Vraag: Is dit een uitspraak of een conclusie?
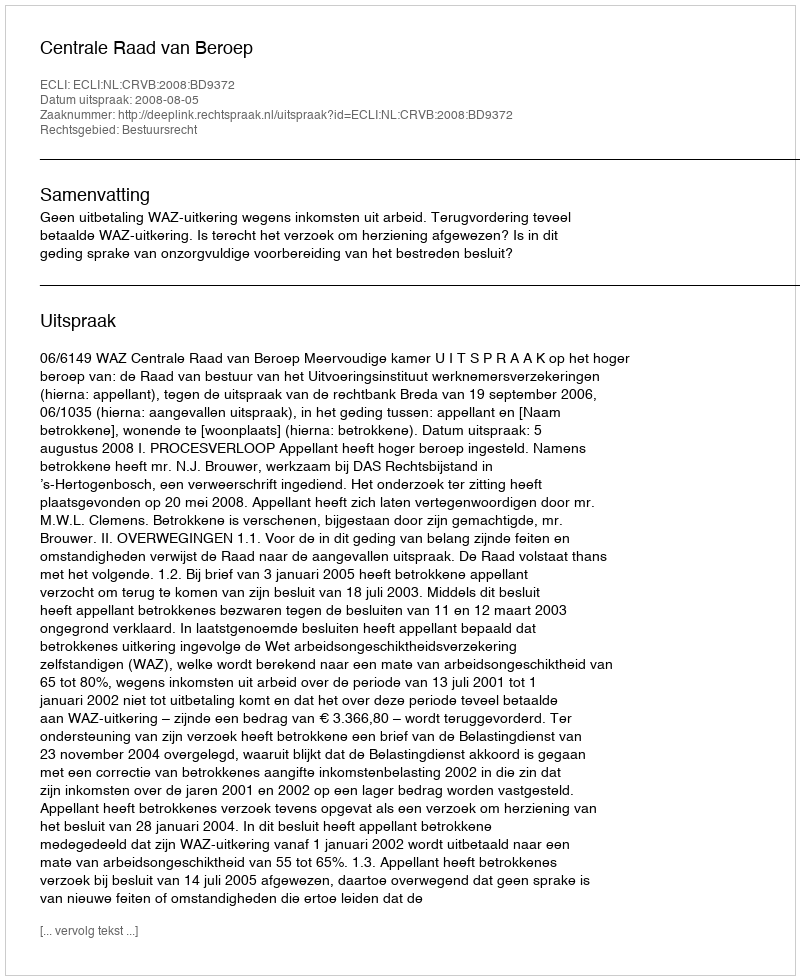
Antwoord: Uitspraak